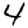
Digit: 4